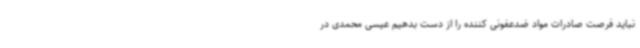
نباید فرصت صادرات مواد ضدعفونی کننده را از دست بدهیم عیسی محمدی در